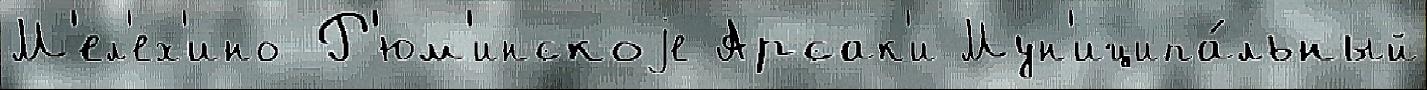
М'ел'ех'ино Р'юм'инскоjе Арсак'и Мун'иципа́льный